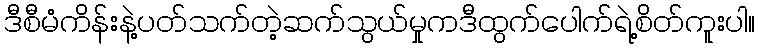
ဒီစီမံကိန်းနဲ့ပတ်သက်တဲ့ဆက်သွယ်မှုကဒီထွက်ပေါက်ရဲ့စိတ်ကူးပါ။